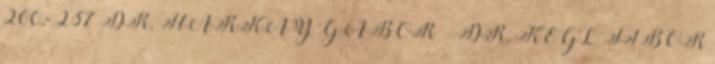
200,- 237 DR. HARKAY GÁBOR – DR. KÉGL TIBOR